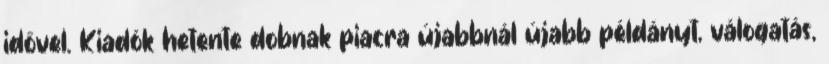
idővel. Kiadók hetente dobnak piacra újabbnál újabb példányt, válogatás,